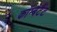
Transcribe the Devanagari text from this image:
कॉम्बैटैंट